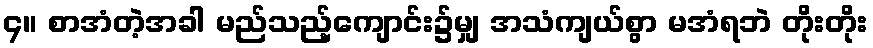
၄။ စာအံတဲ့အခါ မည်သည့်ကျောင်း၌မျှ အသံကျယ်စွာ မအံရဘဲ တိုးတိုး